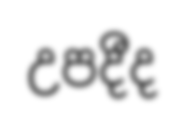
උපදීද